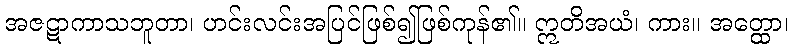
အဇဋာကာသဘူတာ၊ ဟင်းလင်းအပြင်ဖြစ်၍ဖြစ်ကုန်၏။ ဣတိအယံ၊ ကား။ အတ္ထော၊